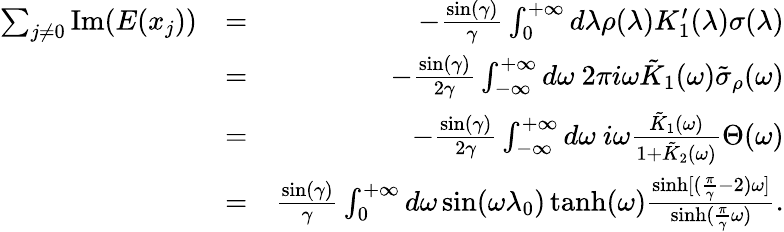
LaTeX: \begin{array}{rlr}{\sum_{j\neq 0}\mathrm{Im}(E(x_{j}))}&{=}&{-\frac{\sin(\gamma)}{\gamma}\int_{0}^{+\infty}d\lambda\rho(\lambda)K_{1}^{\prime}(\lambda)\sigma(\lambda)}\\ &{=}&{-\frac{\sin(\gamma)}{2\gamma}\int_{-\infty}^{+\infty}d\omega\ 2\pi i\omega\tilde{K}_{1}(\omega)\tilde{\sigma}_{\rho}(\omega)}\\ &{=}&{-\frac{\sin(\gamma)}{2\gamma}\int_{-\infty}^{+\infty}d\omega\ i\omega\frac{\tilde{K}_{1}(\omega)}{1+\tilde{K}_{2}(\omega)}\Theta(\omega)}\\ &{=}&{\frac{\sin(\gamma)}{\gamma}\int_{0}^{+\infty}d\omega\sin(\omega\lambda_{0})\operatorname{tanh}(\omega)\frac{\sinh[(\frac{\pi}{\gamma}-2)\omega]}{\sinh(\frac{\pi}{\gamma}\omega)}.}\end{array}